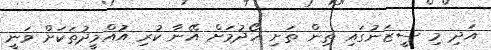
އަދި މި ސީޒަނުގައި ތިން ތަށި ހޯދުމަށް އޭނާ ކުރި އުއްމީދުތަކަށް ވަނީ